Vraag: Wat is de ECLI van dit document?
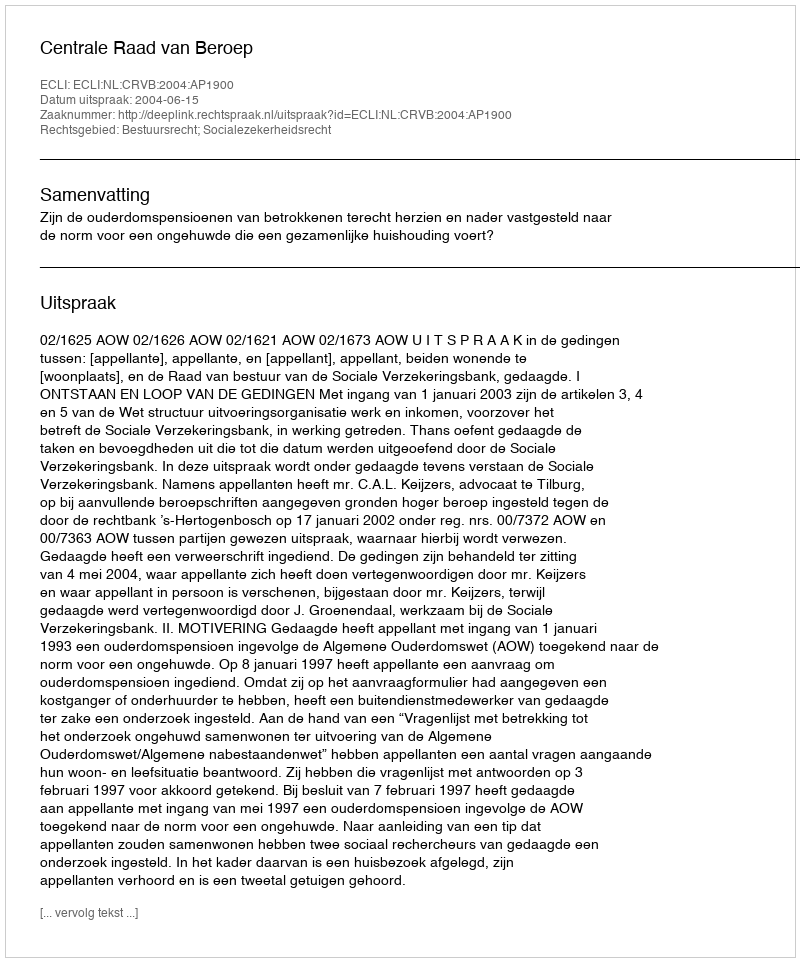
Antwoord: ECLI:NL:CRVB:2004:AP1900